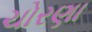
ચોરણા